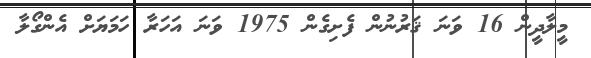
މީލާދީން 16 ވަނަ ޤަރުނުން ފެށިގެން 1975 ވަނަ އަހަރާ ހަމަޔަށް އެންގޯލާ